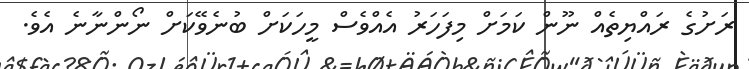
ރަށުގެ ރައްޔިތެއް ނޫން ކަމަށް މިފަހަރު އެއްވެސް މީހަކަށް ބުނެވޭކަށް ނޯންނާނެ އެވެ.